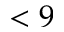
< 9